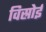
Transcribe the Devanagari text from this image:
विस्रोई